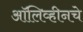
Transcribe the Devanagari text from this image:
ऑलिव्हीनचे